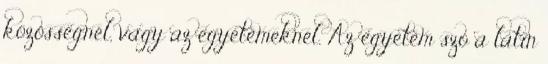
közösségnél, vagy az egyetemeknél. Az egyetem szó a latin